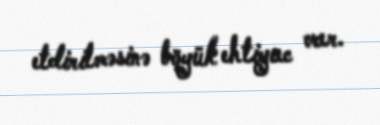
etdirilməsinə böyük ehtiyac var.